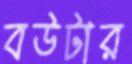
বউটার